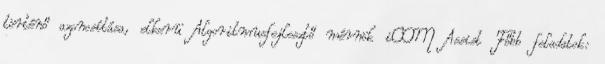
történő azonosítása, elkerü Algoritmusfejlesztő mérnök iCOM Assist Főbb feladatok: